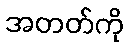
အတတ်ကို